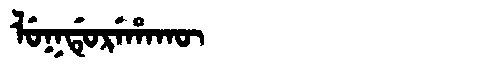
Manchu: ᠯᡠᡴᡩᡠᡵᡝᡥᠠᡴᡡ
Romanization: LUKDUREHAKŪ